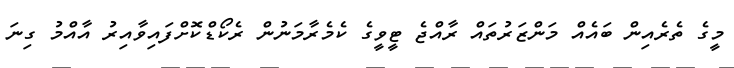
މީގެ ތެރެއިން ބައެއް މަންޒަރުތައް ރާއްޖެ ޓީވީގެ ކެމެރާމަނުން ރެކޯޑްކޮށްފައިވާއިރު އާއްމު ގިނަ